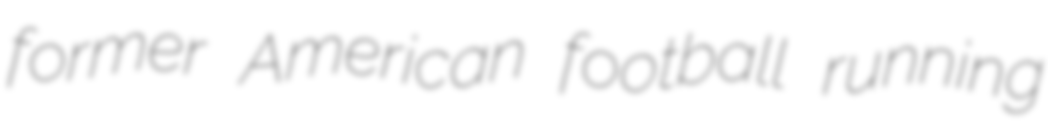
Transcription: former American football running